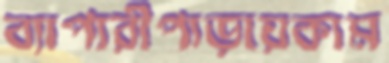
ব্যাপারীপাড়ায়কাম